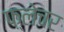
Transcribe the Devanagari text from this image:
फ़्लेचर